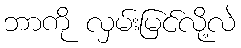
ဘာကို လှမ်းမြင်လို့လဲ